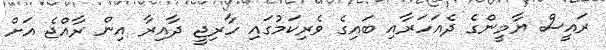
ރައީސް ޔާމީންގެ ދެއަހަރާއި ބައިގެ ވެރިކަމުގައި ހާރިޖީ ދާއިރާ އިން ރާއްޖެ އަށް